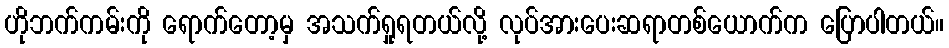
ဟိုဘက်ကမ်းကို ရောက်တော့မှ အသက်ရှုရတယ်လို့ လုပ်အားပေးဆရာတစ်ယောက်က ပြောပါတယ်။